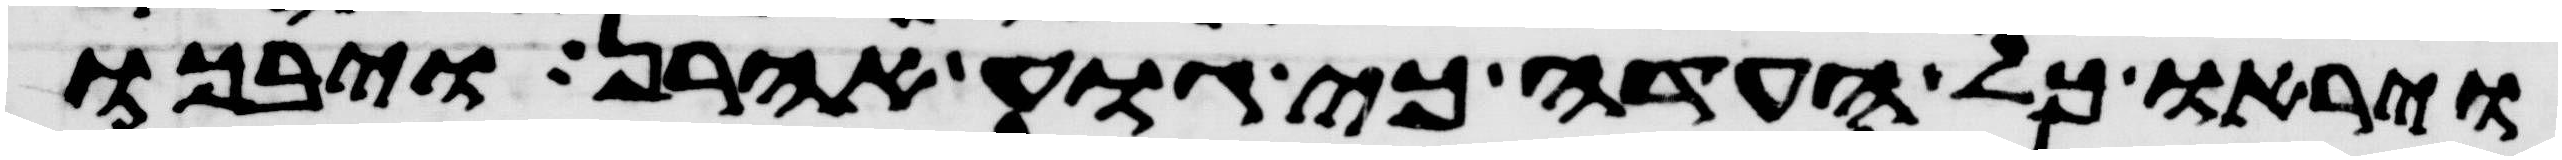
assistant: ויראו כל העדה כי גוע אהרן ויבכו